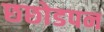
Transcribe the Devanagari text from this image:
छछोडपन